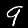
Label: 9